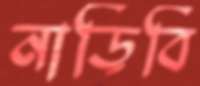
নাড়িবি